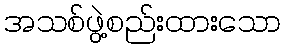
အသစ်ဖွဲ့စည်းထားသော